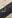
لا